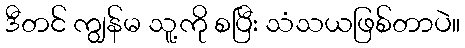
ဒီတင် ကျွန်မ သူ့ကို စပြီး သံသယဖြစ်တာပဲ။